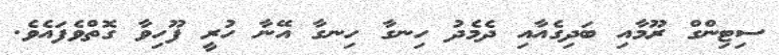
ސިޓިންގް ރޫމާއި ބަދިގެއާއި ދެމެދު ހިނގާ ހިނގާ އޭނާ ހުރީ ފޫހިވާ ގޮތްވެފައެވެ.